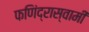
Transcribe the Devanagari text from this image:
फणिंद्रास्वामी